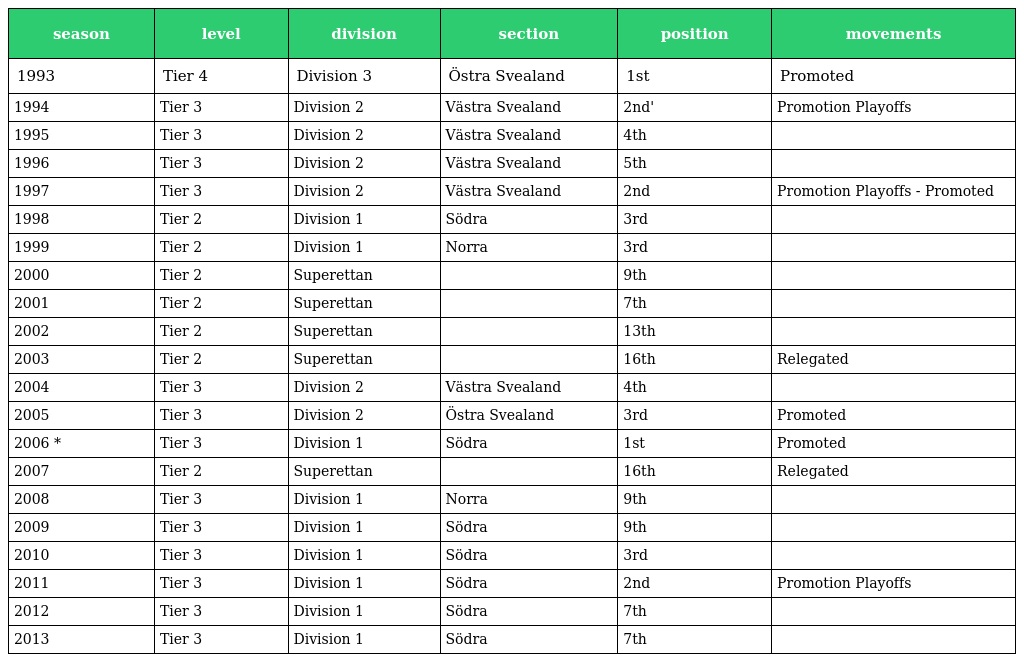
| season | level | division | section | position | movements |
 | --- | --- | --- | --- | --- | --- |
 | 1993 | Tier 4 | Division 3 | Östra Svealand | 1st | Promoted |
 | 1994 | Tier 3 | Division 2 | Västra Svealand | 2nd' | Promotion Playoffs |
 | 1995 | Tier 3 | Division 2 | Västra Svealand | 4th |  |
 | 1996 | Tier 3 | Division 2 | Västra Svealand | 5th |  |
 | 1997 | Tier 3 | Division 2 | Västra Svealand | 2nd | Promotion Playoffs - Promoted |
 | 1998 | Tier 2 | Division 1 | Södra | 3rd |  |
 | 1999 | Tier 2 | Division 1 | Norra | 3rd |  |
 | 2000 | Tier 2 | Superettan |  | 9th |  |
 | 2001 | Tier 2 | Superettan |  | 7th |  |
 | 2002 | Tier 2 | Superettan |  | 13th |  |
 | 2003 | Tier 2 | Superettan |  | 16th | Relegated |
 | 2004 | Tier 3 | Division 2 | Västra Svealand | 4th |  |
 | 2005 | Tier 3 | Division 2 | Östra Svealand | 3rd | Promoted |
 | 2006 * | Tier 3 | Division 1 | Södra | 1st | Promoted |
 | 2007 | Tier 2 | Superettan |  | 16th | Relegated |
 | 2008 | Tier 3 | Division 1 | Norra | 9th |  |
 | 2009 | Tier 3 | Division 1 | Södra | 9th |  |
 | 2010 | Tier 3 | Division 1 | Södra | 3rd |  |
 | 2011 | Tier 3 | Division 1 | Södra | 2nd | Promotion Playoffs |
 | 2012 | Tier 3 | Division 1 | Södra | 7th |  |
 | 2013 | Tier 3 | Division 1 | Södra | 7th |  |